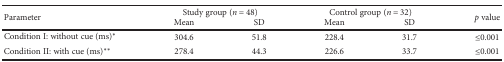
<table><thead><tr><td rowspan="2"><b>Parameter</b></td><td colspan="2"><b>Study group (<i>n</i> = 48)</b></td><td colspan="2"><b>Control group (<i>n</i> = 32)</b></td><td rowspan="2"><b><i>p</i> value</b></td></tr><tr><td><b>Mean</b></td><td><b>SD</b></td><td><b>Mean</b></td><td><b>SD</b></td></tr></thead><tbody><tr><td>Condition I: without cue (ms)<sup>∗</sup></td><td>304.6</td><td>51.8</td><td>228.4</td><td>31.7</td><td>≤0.001</td></tr><tr><td>Condition II: with cue (ms)<sup>∗∗</sup></td><td>278.4</td><td>44.3</td><td>226.6</td><td>33.7</td><td>≤0.001</td></tr></tbody></table>